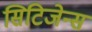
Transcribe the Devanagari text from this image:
सिटिजेन्स